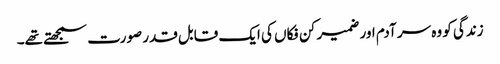
زندگی کو وہ سر آدم اور ضمیر کن فکاں کی ایک قابل قدر صورت سمجھتے تھے۔